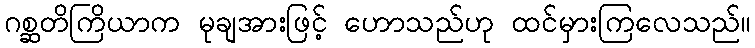
ဂစ္ဆတိကြိယာက မုချအားဖြင့် ဟောသည်ဟု ထင်မှားကြလေသည်။